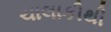
ચાલાકીથી